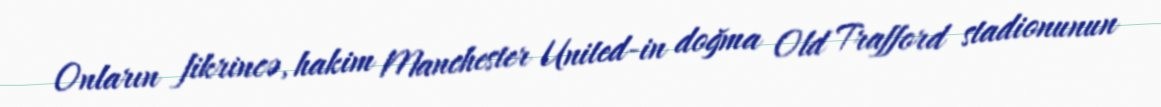
Onların fikrincə, hakim Manchester United-in doğma Old Trafford stadionunun